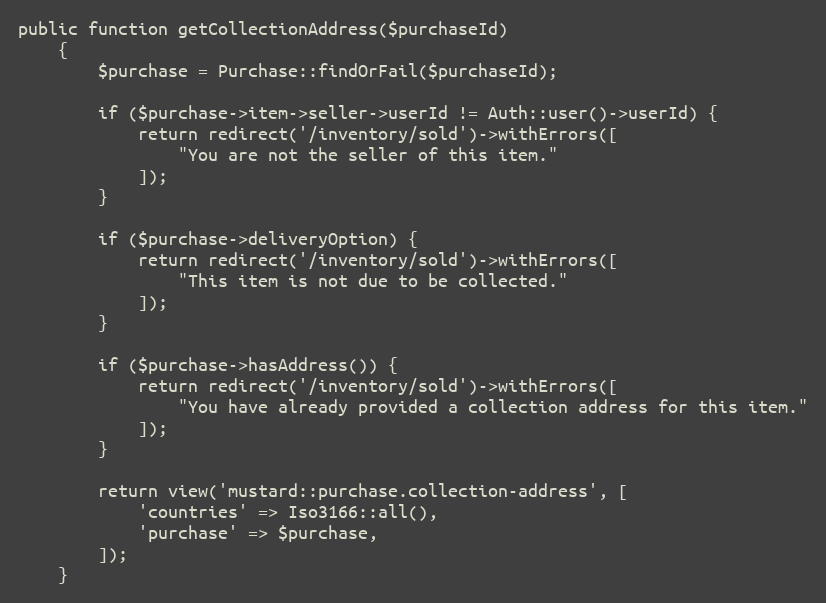
Language: PHP
public function getCollectionAddress($purchaseId)
    {
        $purchase = Purchase::findOrFail($purchaseId);

        if ($purchase->item->seller->userId != Auth::user()->userId) {
            return redirect('/inventory/sold')->withErrors([
                "You are not the seller of this item."
            ]);
        }

        if ($purchase->deliveryOption) {
            return redirect('/inventory/sold')->withErrors([
                "This item is not due to be collected."
            ]);
        }

        if ($purchase->hasAddress()) {
            return redirect('/inventory/sold')->withErrors([
                "You have already provided a collection address for this item."
            ]);
        }

        return view('mustard::purchase.collection-address', [
            'countries' => Iso3166::all(),
            'purchase' => $purchase,
        ]);
    }